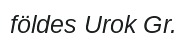
földes Urok Gr.